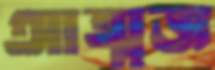
আত্মজ